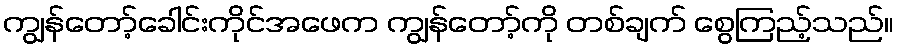
ကျွန်တော့်ခေါင်းကိုင်အဖေက ကျွန်တော့်ကို တစ်ချက် စွေကြည့်သည်။